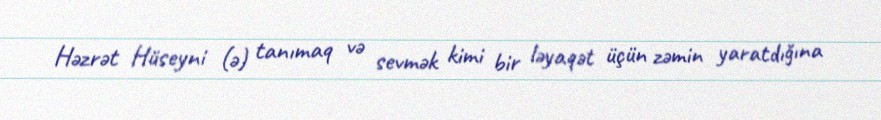
Həzrət Hüseyni (ə) tanımaq və sevmək kimi bir ləyaqət üçün zəmin yaratdığına